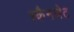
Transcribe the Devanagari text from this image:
स्कैनजेट